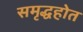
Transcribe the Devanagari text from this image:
समृद्धहोत